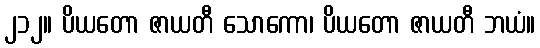
၂၁၂။ ပိယတော ဇာယတီ သောကော၊ ပိယတော ဇာယတီ ဘယံ။